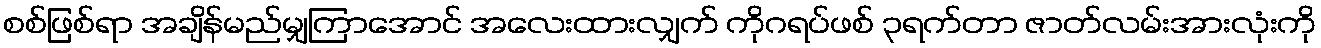
စစ်ဖြစ်ရာ အချိန်မည်မျှကြာအောင် အလေးထားလျှက် ကိုဂရပ်ဖစ် ၃ရက်တာ ဇာတ်လမ်းအားလုံးကို